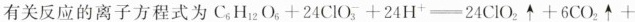
有关反应的离子方程式为$$C _ { 6 } H _ { 1 2 } O _ { 6 } + 2 4 C l O _ { 3 } ^ { - } + 2 4 H ^ { + } - 2 4 C l O _ { 2 } \uparrow + 6 C O _ { 2 } \uparrow +